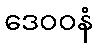
ဒေဝဝနံ